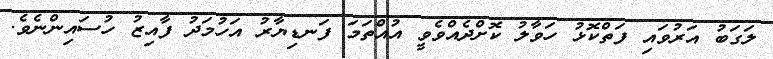
ލަގަބު އަރުވައި ފަތްކޮޅު ހަވާލު ކޮށްދެއްވެވީ އުއްތަމަ ފަނޑިޔާރު އަހުމަދު ފާއިޒު ހުސައިންނެވެ.